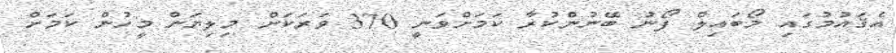
އެޤައުމުގައި މޯބައިލް ފޯނު ބޭނުންކުރާ ކަމަށްވަނީ 370 ވަރަކަށް މިލިޔަން މީހުން ކަމަށް